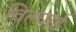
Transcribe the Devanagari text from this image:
विल्यार्ड